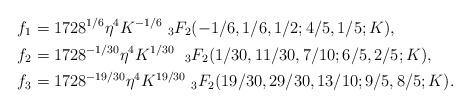
LaTeX: \begin{align*}f_1&=1728^{1/6}\eta^{4}K^{-1/6}\ _{3}F_2(-1/6, 1/6, 1/2; 4/5, 1/5; K), \\f_2&= 1728^{-1/30}\eta^{4}K^{1/30}\ \ _{3}F_2(1/30, 11/30, 7/10; 6/5, 2/5; K),\\f_3 &=1728^{-19/30}\eta^{4}K^{19/30}\ _{3}F_2(19/30, 29/30, 13/10; 9/5, 8/5; K).\end{align*}